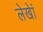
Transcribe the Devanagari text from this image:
लेखेां